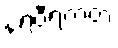
နရဝီရကတံ